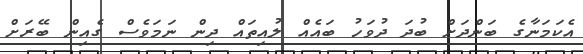
އެކަމަނާގެ ބަންދަށް ބުދަ ދުވަހު ބައެއް ލުއިތައް ދިން ނަމަވެސް ގެއިން ބޭރަށް